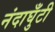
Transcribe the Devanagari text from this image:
नंदाघुँटी